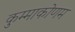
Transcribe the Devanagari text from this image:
कुम्माकोणम